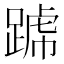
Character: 𨂶